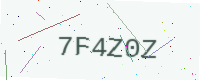
Text: 7F4Z0Z